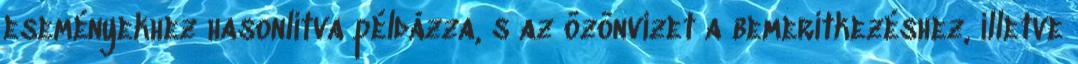
eseményekhez hasonlítva példázza, s az özönvizet a bemerítkezéshez, illetve